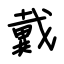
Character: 戴